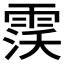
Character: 𱁙